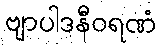
ဗျာပါဒနီဝရဏံ